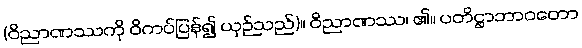
(ဝိညာဏဿကို ဝိကပ်ပြန်၍ ယှဉ်သည်)။ ဝိညာဏဿ၊ ၏။ ပတိဋ္ဌာဘာဝတော